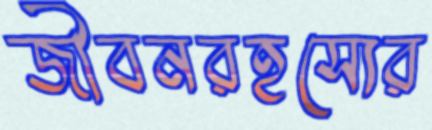
জীবনরহস্যের